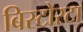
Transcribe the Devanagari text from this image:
बिस्टोरटा